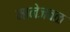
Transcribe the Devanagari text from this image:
मानेजवळ